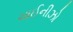
ચાઈનીઝો